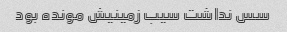
سس نداشت سیب زمینیش مونده بود